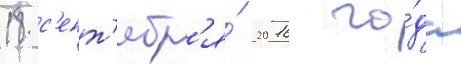
18 с'ент'ябр'я́ 2016 го́да